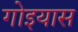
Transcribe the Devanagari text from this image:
गोइयास